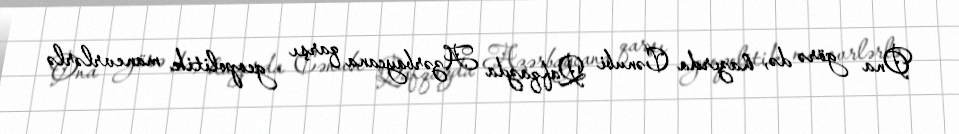
Ona görə də, hazırda Cənubi Qafqazda Azərbaycana qarşı geopolitik manevrlərlə